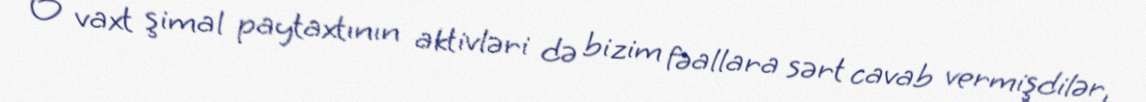
O vaxt şimal paytaxtının aktivləri də bizim fəallara sərt cavab vermişdilər,